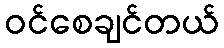
ဝင်စေချင်တယ်